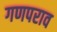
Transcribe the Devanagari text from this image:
गणपराव